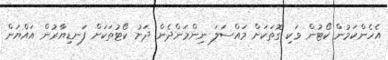
އެހެންކަމުން ކޯޓުން ވަކި ގޮތަކަށް މައްސަލަ ނިންމަންދެން ދަށު ކޯޓުތަކަށް ފަނޑިޔާރުން އައްޔަން